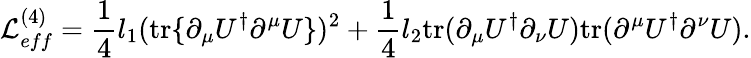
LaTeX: {\cal L}_{eff}^{(4)}=\frac 14l_{1}(\mathrm{tr}\{ \partial_{\mu}U^{\dagger}\partial^{\mu}U\} )^{2}+\frac 14l_{2}\mathrm{tr}(\partial_{\mu}U^{\dagger}\partial_{\nu}U)\mathrm{tr}(\partial^{\mu}U^{\dagger}\partial^{\nu}U).